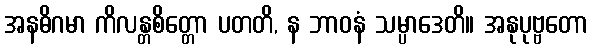
အနဓိဂမာ ကိလန္တစိတ္တော ပတတိ, န ဘာဝနံ သမ္ပာဒေတိ။ အနုပုဗ္ဗတော